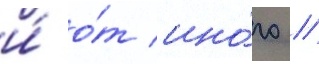
и́ о́т ино́го /